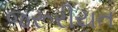
જરૂરીયત